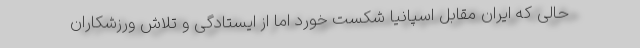
حالی که ایران مقابل اسپانیا شکست خورد اما از ایستادگی و تلاش ورزشکاران